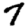
Digit: 7